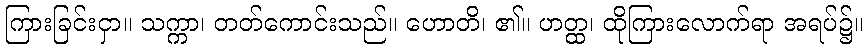
ကြားခြင်းငှာ။ သက္ကာ၊ တတ်ကောင်းသည်။ ဟောတိ၊ ၏။ ဟတ္ထ၊ ထိုကြားလောက်ရာ အရပ်၌။